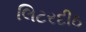
લિટરદીઠ